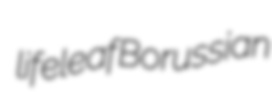
lifeleaf Borussian